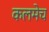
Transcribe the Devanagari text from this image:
कलमेच